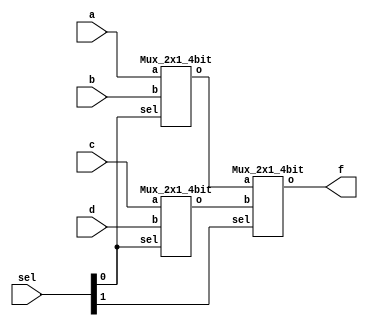
`timescale 1ns/1ps

module Mux_4x1_4bit(a, b, c, d, sel, f);
    input [3:0] a, b, c, d;
    input [1:0] sel;
    output [3:0] f;
    wire [3:0] x, y;

    Mux_2x1_4bit M0(a, b, sel[0], x);
    Mux_2x1_4bit M1(c, d, sel[0], y);
    Mux_2x1_4bit M2(x, y, sel[1], f);
endmodule

module Mux_2x1_4bit(a, b, sel, o);
    input [3:0] a, b;
    input sel;
    output [3:0] o;
    wire _sel;
    wire [3:0] A, B;

    not n0(_sel, sel);

    and a0(A[0], a[0], _sel);
    and a1(A[1], a[1], _sel);
    and a2(A[2], a[2], _sel);
    and a3(A[3], a[3], _sel);
    
    and b0(B[0], b[0], sel);
    and b1(B[1], b[1], sel);
    and b2(B[2], b[2], sel);
    and b3(B[3], b[3], sel);

    or g0(o[0], A[0], B[0]);
    or g1(o[1], A[1], B[1]);
    or g2(o[2], A[2], B[2]);
    or g3(o[3], A[3], B[3]);
endmodule